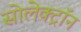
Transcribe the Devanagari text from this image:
सोलेक्ट्रॉन